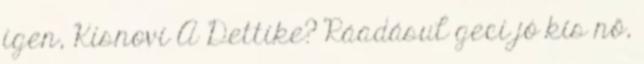
igen, Kisnovi A Dettike? Ráadásul geci jó kis nő,